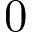
0